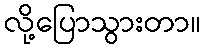
လို့ပြောသွားတာ။